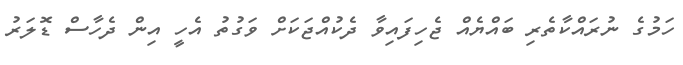
ހަމުގެ ނުރައްކާތެރި ބައްޔެއް ޖެހިފައިވާ ދެކުއްޖަކަށް ވަގުތު އެހީ އިން ދެހާސް ޑޮލަރު